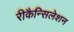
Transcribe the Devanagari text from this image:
रीकैन्सिलेशन